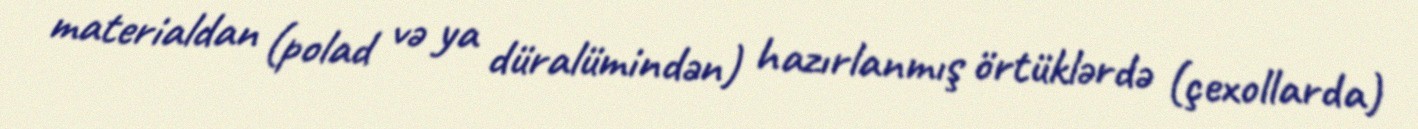
materialdan (polad və ya düralümindən) hazırlanmış örtüklərdə (çexollarda)